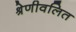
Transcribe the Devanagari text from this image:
श्रेणीवलित